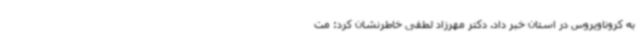
به کروناویروس در استان خبر داد. دکتر مهرزاد لطفی خاطرنشان کرد: مت